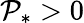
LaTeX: \mathcal{P}_{*}>0